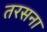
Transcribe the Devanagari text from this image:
तरसना